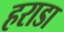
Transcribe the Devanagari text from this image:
हराडा